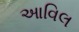
આવિલ